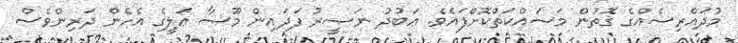
މުދައްރިސެއްގެ ގޮތުން މަސައްކަތްކޮށްފައެވެ. ޢަބުދު ނަޞީރު ފަދައިން މޫސާ ޢަލީގެ އެހެން ދަރިންވެސް